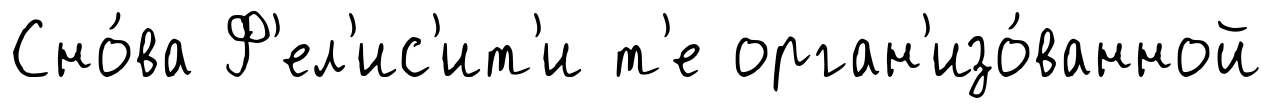
Сно́ва Ф'ел'ис'ит'и т'е орган'изо́ванной